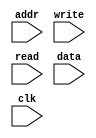
module memory (addr,write,read,data,clk);
input wire [4:0] addr;
input wire [7:0] data;
input wire read;
input wire clk;
input wire write;




endmodule